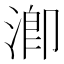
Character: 𣹜